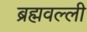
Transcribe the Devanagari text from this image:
ब्रह्मवल्ली